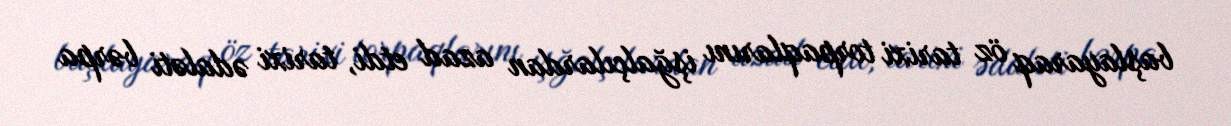
başlayaraq öz tarixi torpaqlarını işğalçılardan azad etdi, tarixi ədaləti bərpa